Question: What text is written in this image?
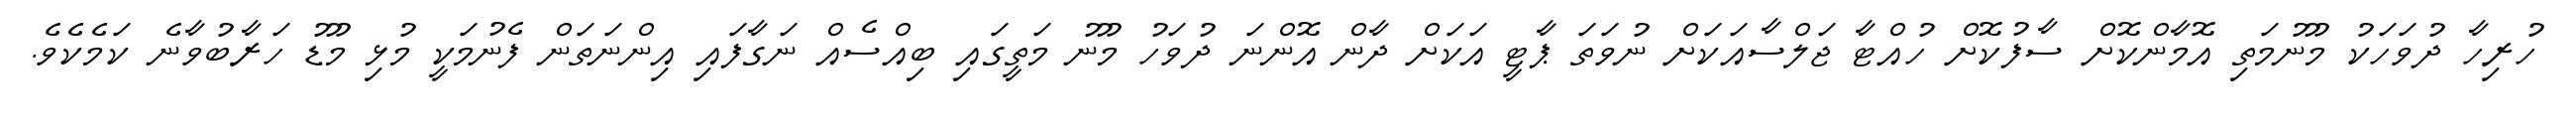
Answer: ހުރިހާ ދުވަހަކު މޫނުމަތި އޮމާންކޮށް ސާފުކޮށް ހުއްޓާ ޖަލްސާއަކަށް ނުވަތަ ޕާޓީ އަކަށް ދާން އޮންނަ ދުވަހު މޫނު މަތީގައި ބިއްސެއް ނަގާފައި އިންނަތަން ފެނުމަކީ މުޅި މޫޑު ހަރާބުވާނެ ކަމެކެވެ.